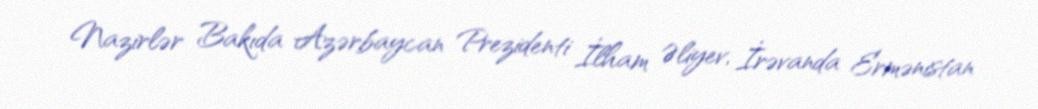
Nazirlər Bakıda Azərbaycan Prezidenti İlham Əliyev, İrəvanda Ermənistan